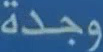
وجدة